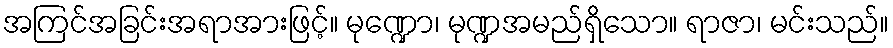
အကြင်အခြင်းအရာအားဖြင့်။ မုဏ္ဍော၊ မုဏ္ဍအမည်ရှိသော။ ရာဇာ၊ မင်းသည်။